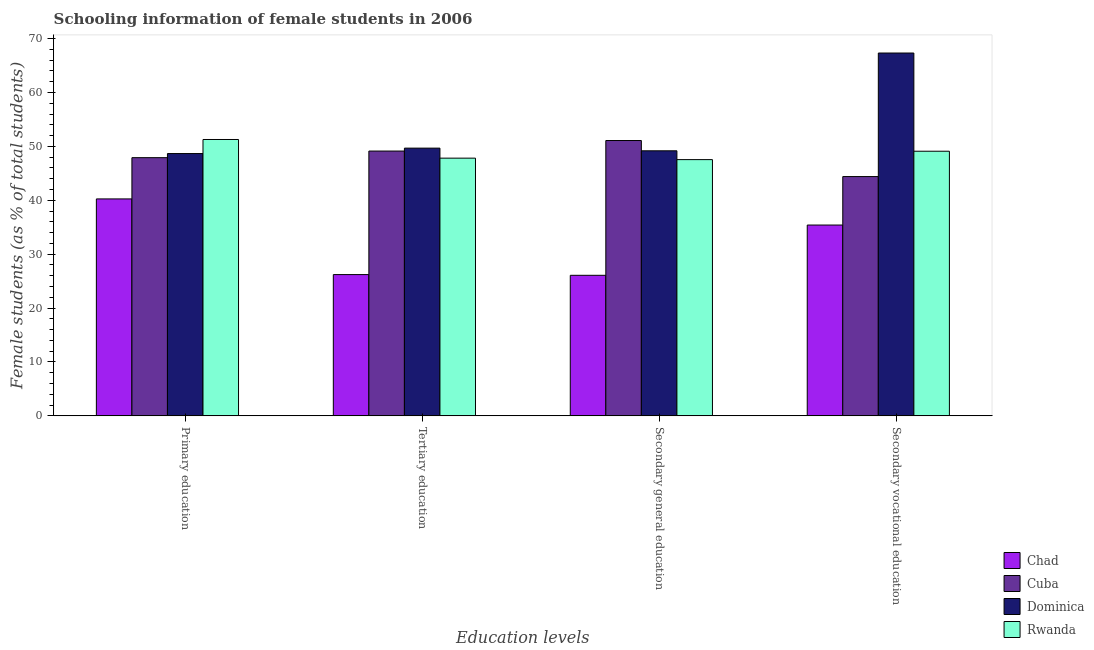
| Education levels | Chad | Cuba | Dominica | Rwanda |
 | --- | --- | --- | --- | --- |
 | Primary education | 40.2 | 47.9 | 48.7 | 51.3 |
 | Tertiary education | 26.2 | 49.1 | 49.7 | 47.8 |
 | Secondary general education | 26.1 | 51.1 | 49.2 | 47.5 |
 | Secondary vocational education | 35.4 | 44.4 | 67.3 | 49.1 |